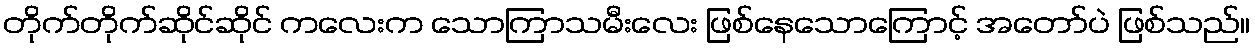
တိုက်တိုက်ဆိုင်ဆိုင် ကလေးက သောကြာသမီးလေး ဖြစ်နေသောကြောင့် အတော်ပဲ ဖြစ်သည်။